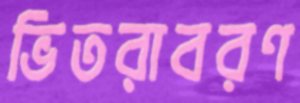
ভিতরাবরণ